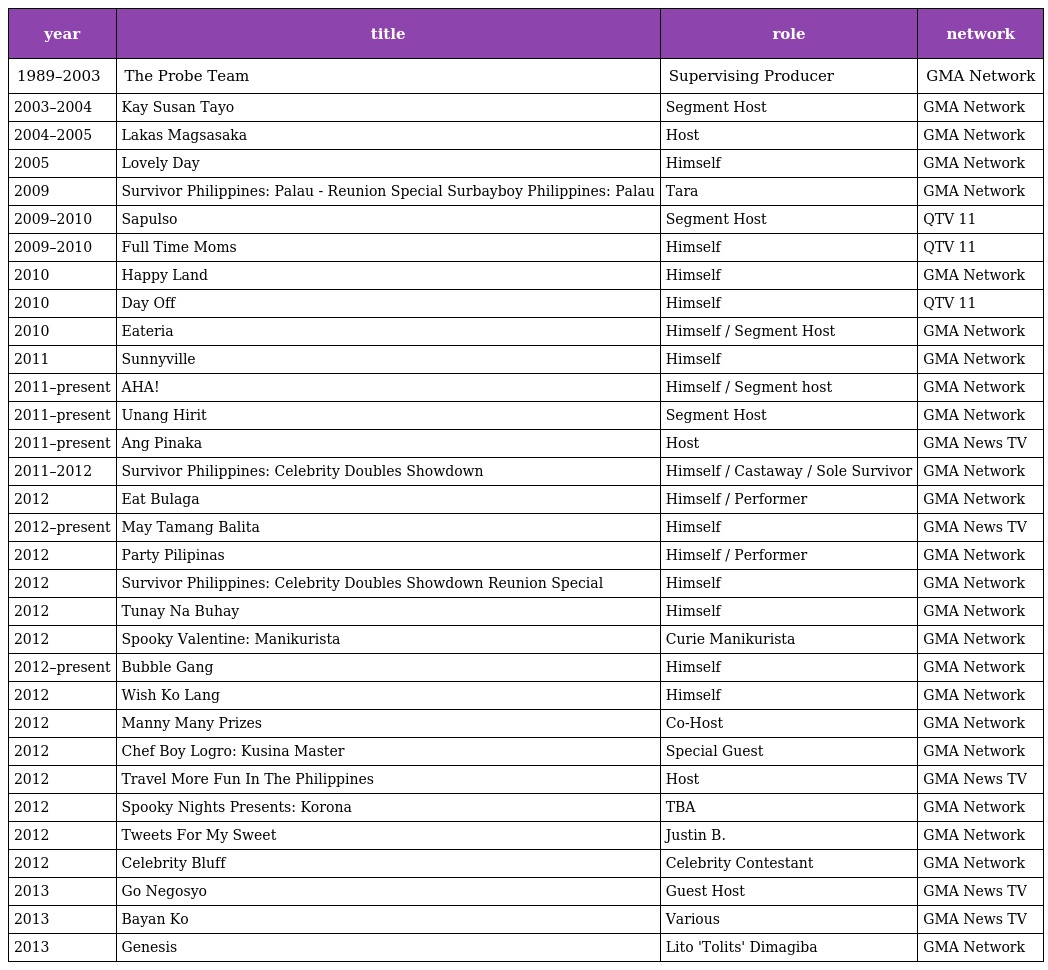
| year | title | role | network |
 | --- | --- | --- | --- |
 | 1989–2003 | The Probe Team | Supervising Producer | GMA Network |
 | 2003–2004 | Kay Susan Tayo | Segment Host | GMA Network |
 | 2004–2005 | Lakas Magsasaka | Host | GMA Network |
 | 2005 | Lovely Day | Himself | GMA Network |
 | 2009 | Survivor Philippines: Palau - Reunion Special Surbayboy Philippines: Palau | Tara | GMA Network |
 | 2009–2010 | Sapulso | Segment Host | QTV 11 |
 | 2009–2010 | Full Time Moms | Himself | QTV 11 |
 | 2010 | Happy Land | Himself | GMA Network |
 | 2010 | Day Off | Himself | QTV 11 |
 | 2010 | Eateria | Himself / Segment Host | GMA Network |
 | 2011 | Sunnyville | Himself | GMA Network |
 | 2011–present | AHA! | Himself / Segment host | GMA Network |
 | 2011–present | Unang Hirit | Segment Host | GMA Network |
 | 2011–present | Ang Pinaka | Host | GMA News TV |
 | 2011–2012 | Survivor Philippines: Celebrity Doubles Showdown | Himself / Castaway / Sole Survivor | GMA Network |
 | 2012 | Eat Bulaga | Himself / Performer | GMA Network |
 | 2012–present | May Tamang Balita | Himself | GMA News TV |
 | 2012 | Party Pilipinas | Himself / Performer | GMA Network |
 | 2012 | Survivor Philippines: Celebrity Doubles Showdown Reunion Special | Himself | GMA Network |
 | 2012 | Tunay Na Buhay | Himself | GMA Network |
 | 2012 | Spooky Valentine: Manikurista | Curie Manikurista | GMA Network |
 | 2012–present | Bubble Gang | Himself | GMA Network |
 | 2012 | Wish Ko Lang | Himself | GMA Network |
 | 2012 | Manny Many Prizes | Co-Host | GMA Network |
 | 2012 | Chef Boy Logro: Kusina Master | Special Guest | GMA Network |
 | 2012 | Travel More Fun In The Philippines | Host | GMA News TV |
 | 2012 | Spooky Nights Presents: Korona | TBA | GMA Network |
 | 2012 | Tweets For My Sweet | Justin B. | GMA Network |
 | 2012 | Celebrity Bluff | Celebrity Contestant | GMA Network |
 | 2013 | Go Negosyo | Guest Host | GMA News TV |
 | 2013 | Bayan Ko | Various | GMA News TV |
 | 2013 | Genesis | Lito 'Tolits' Dimagiba | GMA Network |